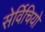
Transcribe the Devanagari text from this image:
सेर्विचियो